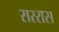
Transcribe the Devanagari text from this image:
सररास